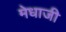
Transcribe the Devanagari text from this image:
मेधाजी